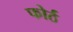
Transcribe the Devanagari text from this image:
फोर्ठ